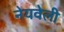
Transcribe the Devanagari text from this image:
नेयवेली